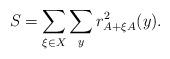
LaTeX: \begin{align*}S = \sum_{\xi\in X}\sum_y r_{A+\xi A}^2(y).\end{align*}